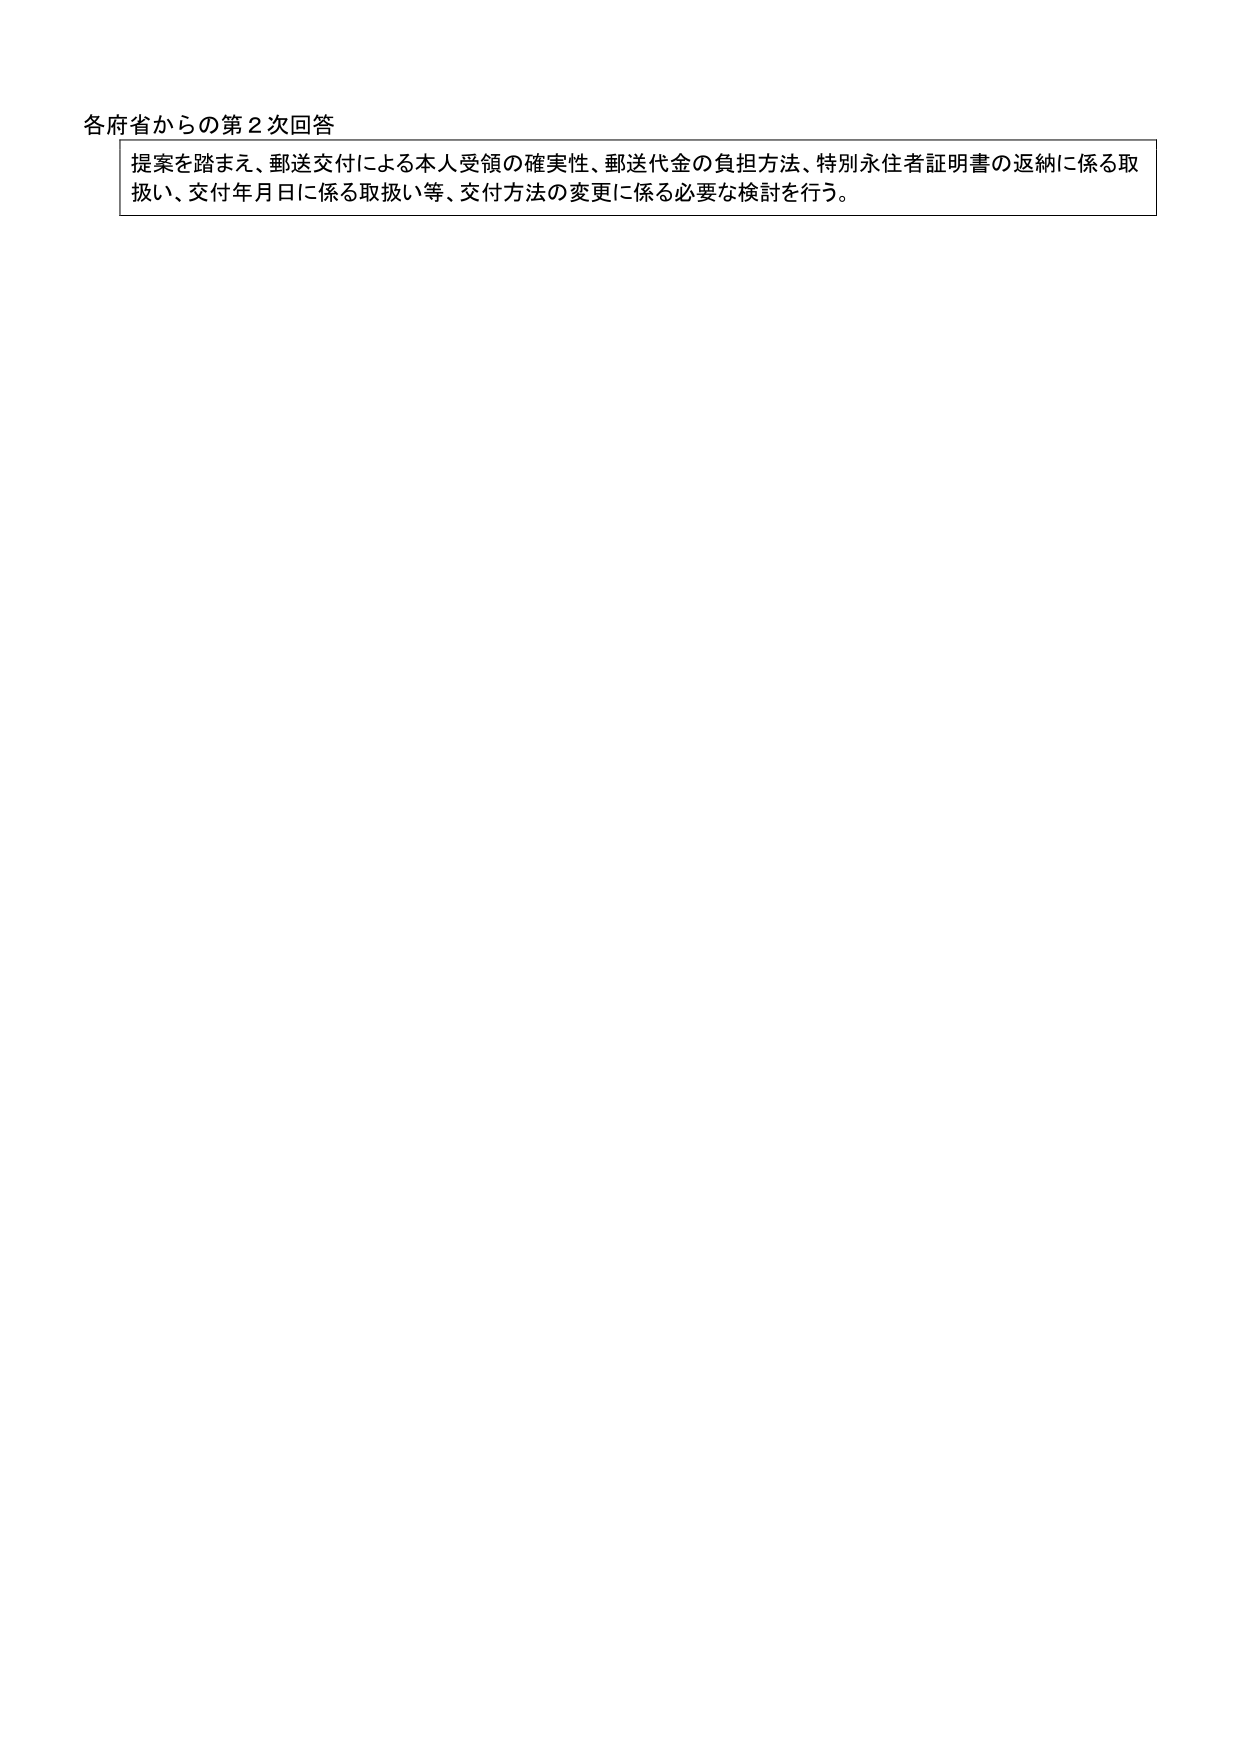
各府省からの第２次回答
提案を踏まえ、郵送交付による本人受領の確実性、郵送代金の負担方法、特別永住者証明書の返納に係る取扱い、交付年月日に係る取扱い等、交付方法の変更に係る必要な検討を行う。